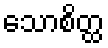
သောစိတ္ထ